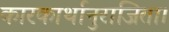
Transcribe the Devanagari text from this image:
कारकार्थानुराजिता।